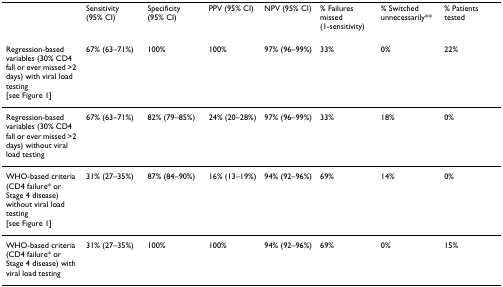
<table><thead><tr><td></td><td><b>Sensitivity (95% CI)</b></td><td><b>Specificity (95% CI)</b></td><td><b>PPV (95% CI)</b></td><td><b>NPV (95% CI)</b></td><td><b>% Failures missed(1-sensitivity)</b></td><td><b>% Switched unnecessarily**</b></td><td><b>% Patients tested</b></td></tr></thead><tbody><tr><td>Regression-based variables (30% CD4 fall or ever missed &gt;2 days) with viral load testing[see Figure 1]</td><td>67% (63–71%)</td><td>100%</td><td>100%</td><td>97% (96–99%)</td><td>33%</td><td>0%</td><td>22%</td></tr><tr><td>Regression-based variables (30% CD4 fall or ever missed &gt;2 days) without viral load testing</td><td>67% (63–71%)</td><td>82% (79–85%)</td><td>24% (20–28%)</td><td>97% (96–99%)</td><td>33%</td><td>18%</td><td>0%</td></tr><tr><td>WHO-based criteria (CD4 failure* or Stage 4 disease) without viral load testing[see Figure 1]</td><td>31% (27–35%)</td><td>87% (84–90%)</td><td>16% (13–19%)</td><td>94% (92–96%)</td><td>69%</td><td>14%</td><td>0%</td></tr><tr><td>WHO-based criteria (CD4 failure* or Stage 4 disease) with viral load testing</td><td>31% (27–35%)</td><td>100%</td><td>100%</td><td>94% (92–96%)</td><td>69%</td><td>0%</td><td>15%</td></tr></tbody></table>